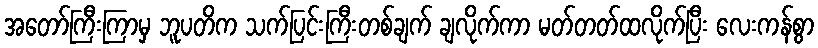
အတော်ကြီးကြာမှ ဘူပတိက သက်ပြင်းကြီးတစ်ချက် ချလိုက်ကာ မတ်တတ်ထလိုက်ပြီး လေးကန်စွာ